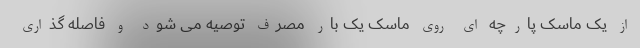
از یک ماسک پارچه ای روی ماسک یک بار مصرف توصیه می شود و فاصله گذاری